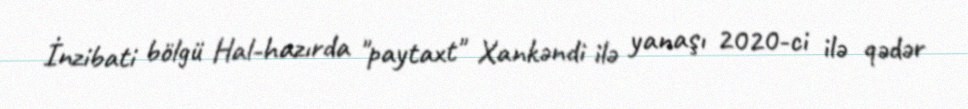
İnzibati bölgü Hal-hazırda "paytaxt" Xankəndi ilə yanaşı 2020-ci ilə qədər